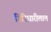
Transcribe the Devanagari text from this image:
गिरिधारीलाल